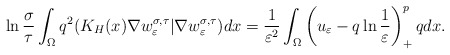
\begin{align*}\ln\frac{\sigma}{\tau}\int_{\Omega}q^2(K_H(x)\nabla w^{\sigma, \tau}_\varepsilon|\nabla w^{\sigma, \tau}_\varepsilon)dx=\frac{1}{\varepsilon^2}\int_{\Omega}\left (u_\varepsilon-q\ln\frac{1}{\varepsilon}\right )_+^{p}qdx.\end{align*}